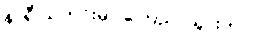
နာရီ သတင်းမှာ ကြေညာသွားတာပါ။